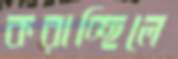
করাচ্ছিলে